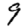
Digit: 9